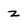
Character: z